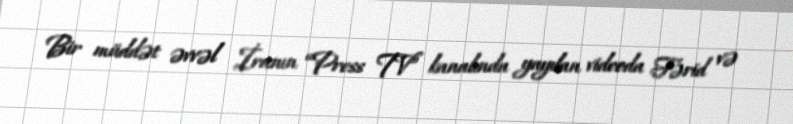
Bir müddət əvvəl İranın “Press TV” kanalında yayılan videoda Fərid və